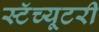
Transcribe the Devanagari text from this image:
स्टॅच्यूटरी